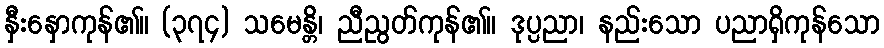
နှီးနှောကုန်၏။ (၃၇၄) သမေန္တိ၊ ညီညွတ်ကုန်၏။ ဒုပ္ပညာ၊ နည်းသော ပညာရှိကုန်သော